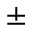
\pm